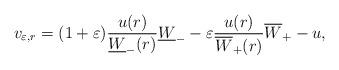
LaTeX: \begin{align*} v_{\varepsilon, r} = (1 + \varepsilon) \frac{u (r)}{\underline{W}_- (r)} \underline{W}_- - \varepsilon \frac{u (r)}{\overline{W}_+ (r)} \overline{W}_+ - u, \end{align*}